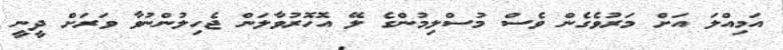
އަމިއްލަ އަށް މަރުވެގެން ވެސް މުސްލިމުންގެ ލޭ އޮހޮރުވާލަން ޖެހިލުންނުވާ ވަރަށް ދީނީ